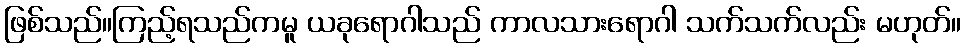
ဖြစ်သည်။ကြည့်ရသည်ကမူ ယခုရောဂါသည် ကာလသားရောဂါ သက်သက်လည်း မဟုတ်။